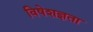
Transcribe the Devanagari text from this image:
विषेशज्ञता